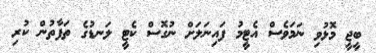
ބީޖީ މޮޅުވި ނަމަވެސް އެޓީމު ފައިނަލަށް ނުގޮސް ކެޓީ ލަނޑުގެ ތަފާތުން ކުރި